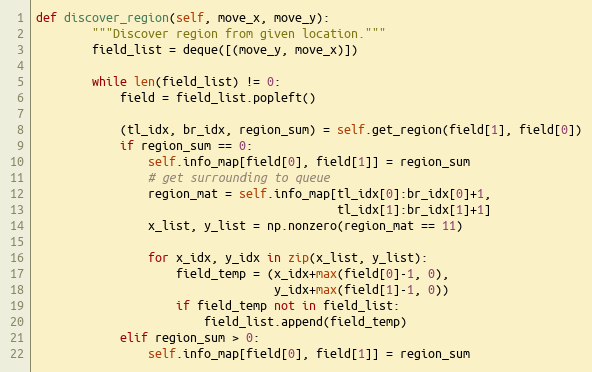
Language: Python
def discover_region(self, move_x, move_y):
        """Discover region from given location."""
        field_list = deque([(move_y, move_x)])

        while len(field_list) != 0:
            field = field_list.popleft()

            (tl_idx, br_idx, region_sum) = self.get_region(field[1], field[0])
            if region_sum == 0:
                self.info_map[field[0], field[1]] = region_sum
                # get surrounding to queue
                region_mat = self.info_map[tl_idx[0]:br_idx[0]+1,
                                           tl_idx[1]:br_idx[1]+1]
                x_list, y_list = np.nonzero(region_mat == 11)

                for x_idx, y_idx in zip(x_list, y_list):
                    field_temp = (x_idx+max(field[0]-1, 0),
                                  y_idx+max(field[1]-1, 0))
                    if field_temp not in field_list:
                        field_list.append(field_temp)
            elif region_sum > 0:
                self.info_map[field[0], field[1]] = region_sum